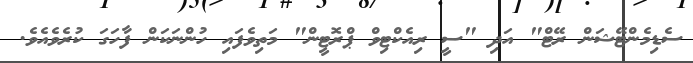
ސެޑިމެންޓޭޝަން ރޭޓް" އަދި "ސީ ރިއެކްޓިވް ޕްރޮޓީން" މަތިވެފައި ހުންނަކަން ފާހަގަ ކުރެވެއެވެ.